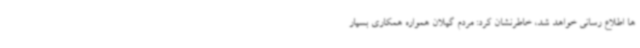
ها اطلاع رسانی خواهد شد، خاطرنشان کرد: مردم گیلان همواره همکاری بسیار